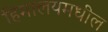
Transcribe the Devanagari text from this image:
हिमालयमधील